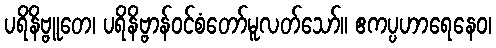
ပရိနိဗ္ဗူတေ၊ ပရိနိဗ္ဗာန်ဝင်စံတော်မူလတ်သော်။ ဧကပ္ပဟာရေနေဝ၊